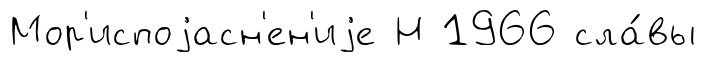
Мор'испоjасн'ен'иjе Н 1966 сла́вы